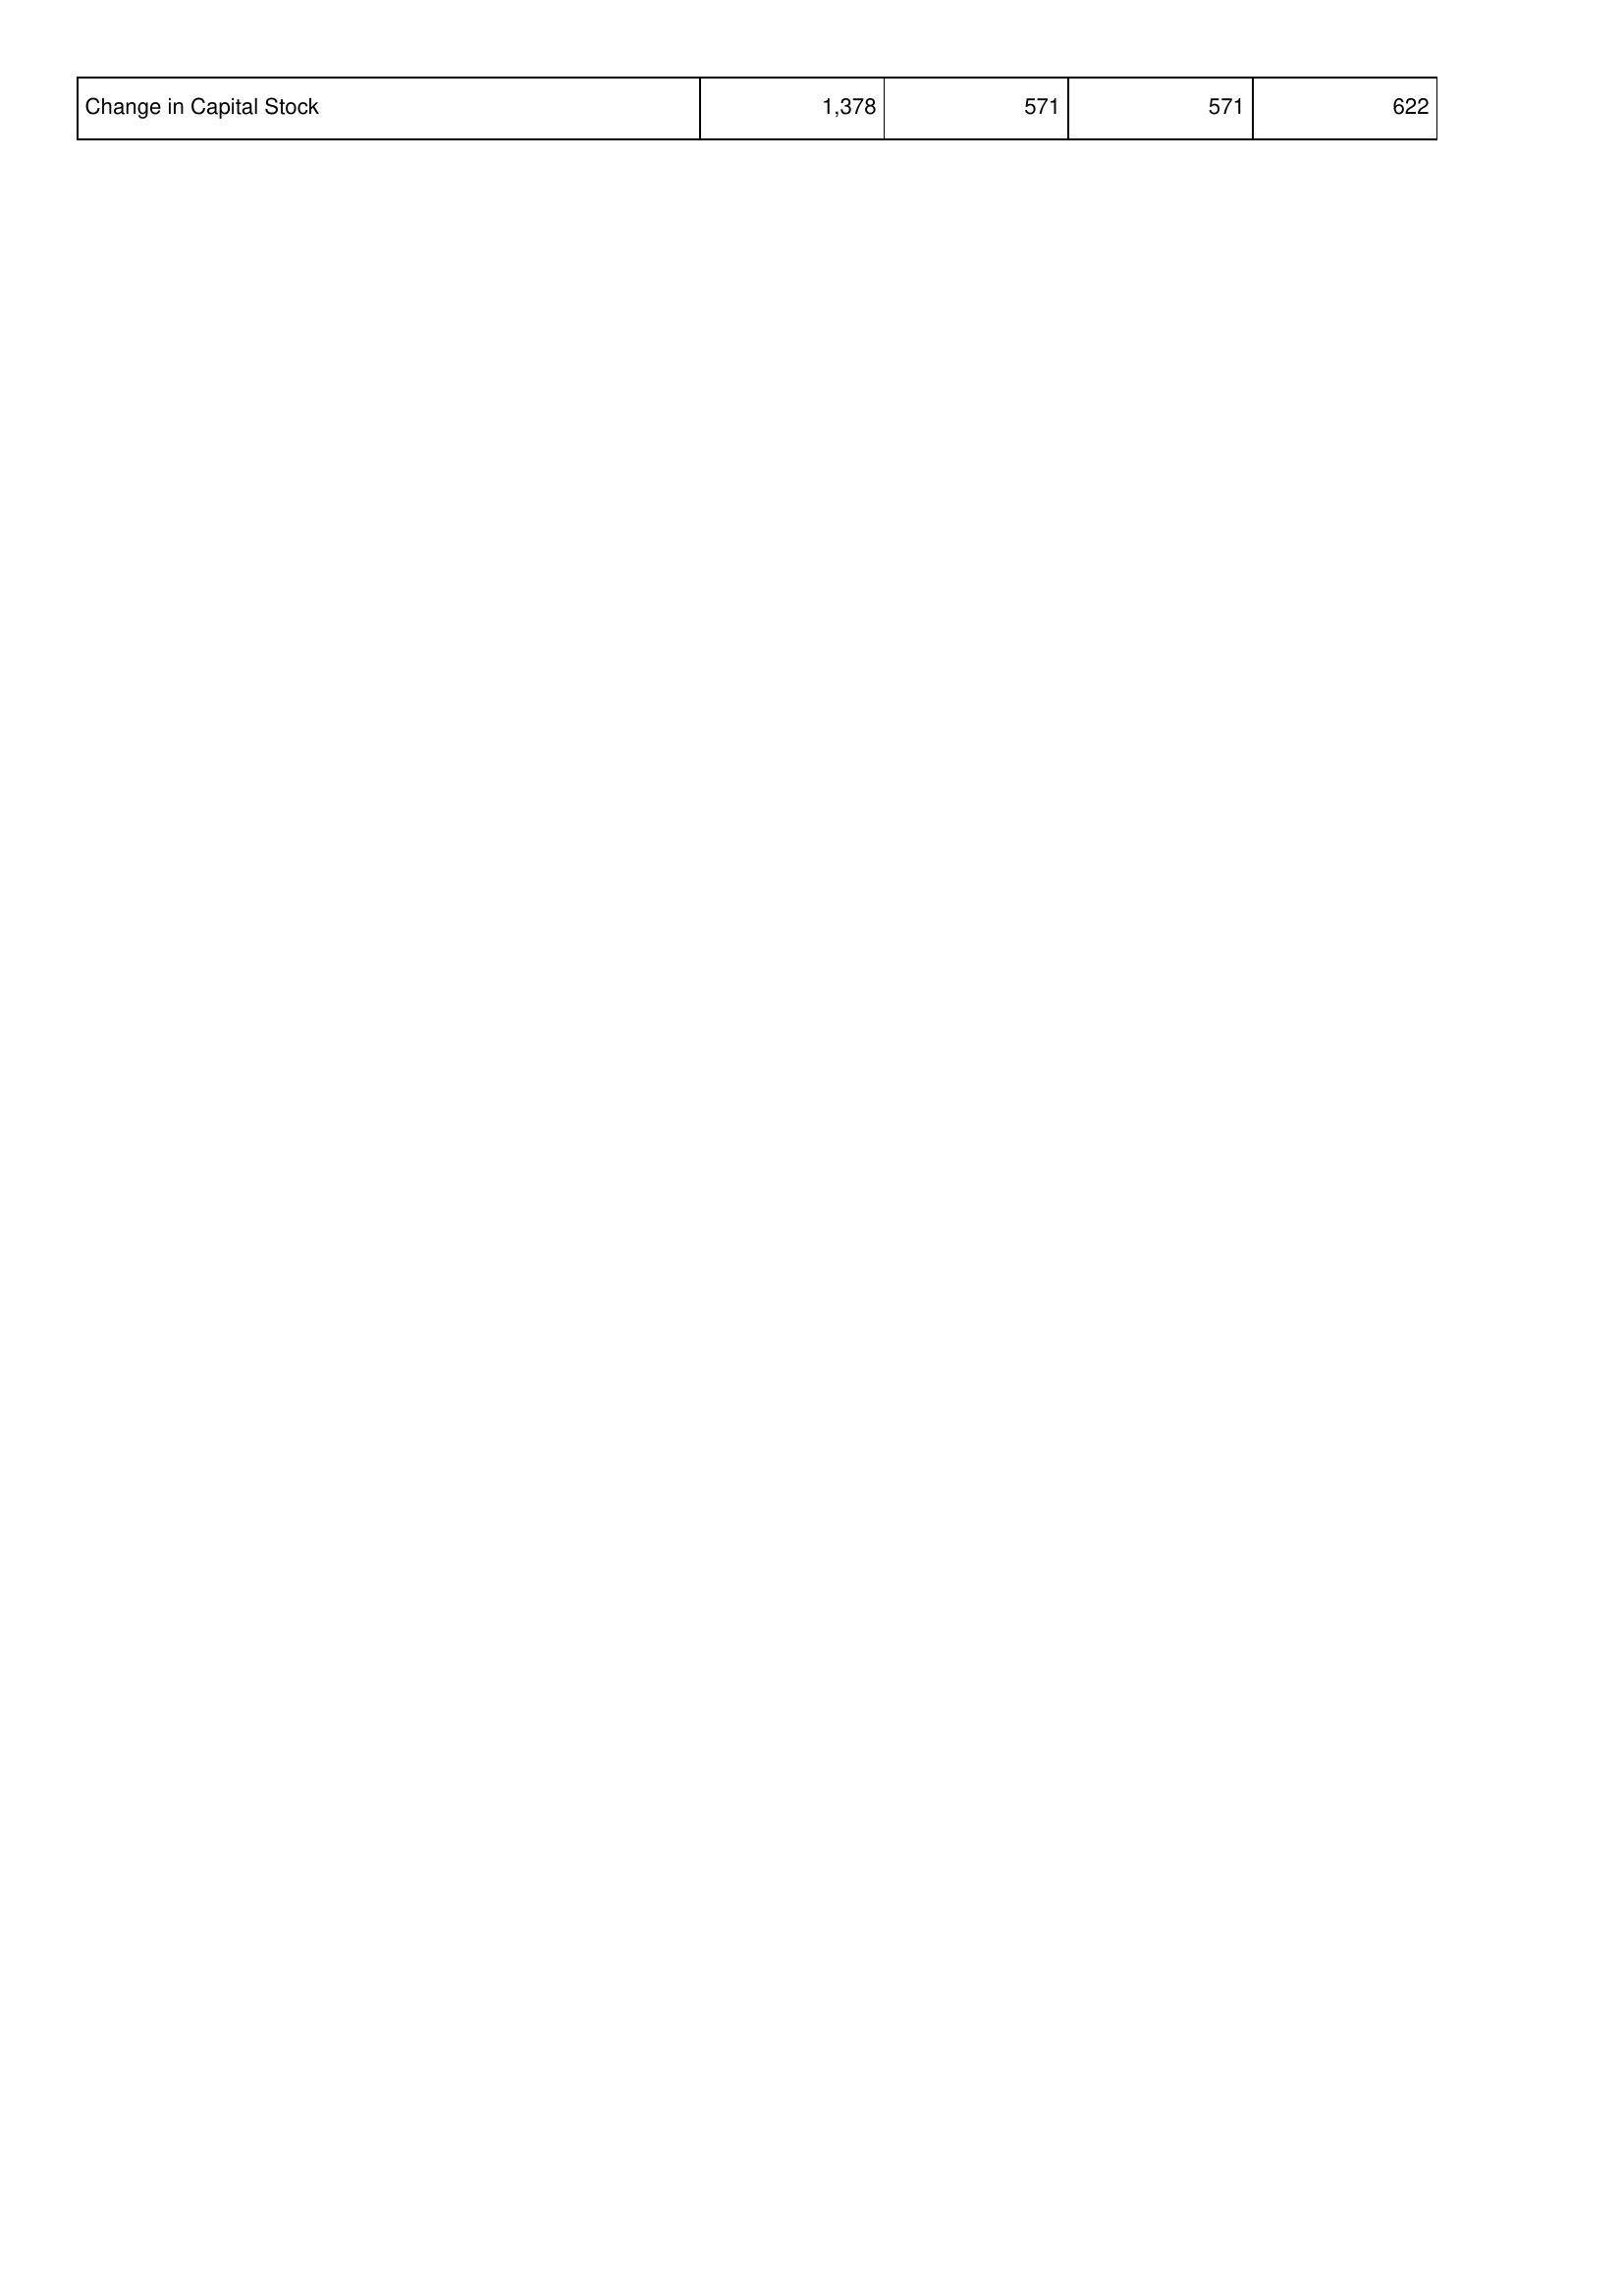
2016: Financing Activities: Change in Capital Stock: 1,378
2017: Financing Activities: Change in Capital Stock: 571
2018: Financing Activities: Change in Capital Stock: 571
2019: Financing Activities: Change in Capital Stock: 622